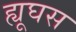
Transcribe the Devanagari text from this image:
ह्यूघस